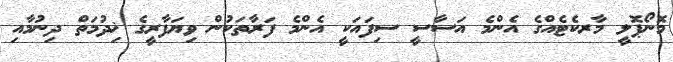
މޮނޯޕޮލީ މާރކެޓެއްގެ އެންމެ އަސާސީ ސިފައަކީ އެންމެ ފަރާތަކުން ވިޔަފާރީގެ ޚިދުމަތް ދިނުމާއި